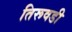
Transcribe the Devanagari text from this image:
तिरूवडी